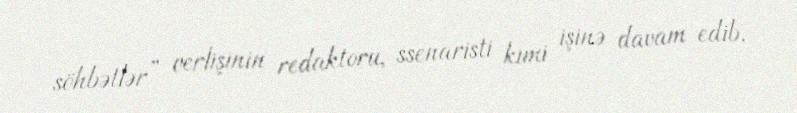
söhbətlər” verlişinin redaktoru, ssenaristi kimi işinə davam edib.